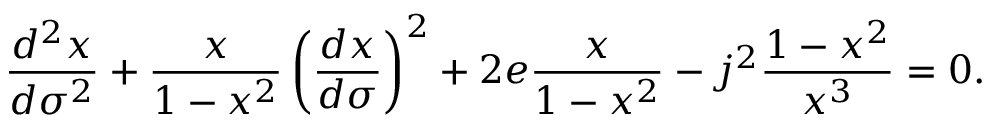
\frac { d ^ { 2 } x } { d \sigma ^ { 2 } } + \frac { x } { 1 - x ^ { 2 } } \left( \frac { d x } { d \sigma } \right) ^ { 2 } + 2 e \frac { x } { 1 - x ^ { 2 } } - j ^ { 2 } \frac { 1 - x ^ { 2 } } { x ^ { 3 } } = 0 .